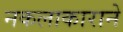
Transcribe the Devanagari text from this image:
नकलाकाराने